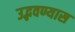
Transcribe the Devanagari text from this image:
उद्भवण्यास